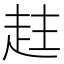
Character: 𧻄